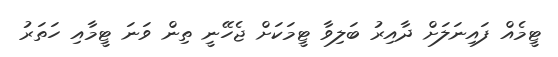
ޓީމެއް ފައިނަލަށް ދާއިރު ބަލިވާ ޓީމަކަށް ޖެހޭނީ ތިން ވަނަ ޓީމާއި ހަތަރު